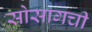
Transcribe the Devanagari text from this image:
सोसागची